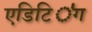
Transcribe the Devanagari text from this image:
एडिटिऺग